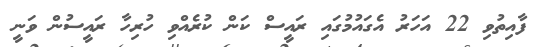
ފާއިތުވި 22 އަހަރު އެގައުމުގައި ރައީސް ކަން ކުރެއްވި ހުރިހާ ރައީސުން ވަނީ